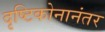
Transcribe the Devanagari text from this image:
दृष्टिकोनानंतर